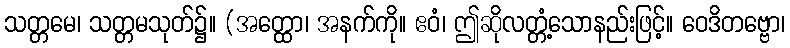
သတ္တမေ၊ သတ္တမသုတ်၌။ (အတ္ထော၊ အနက်ကို။ ဧဝံ၊ ဤဆိုလတ္တံ့သောနည်းဖြင့်။ ဝေဒိတဗ္ဗော၊